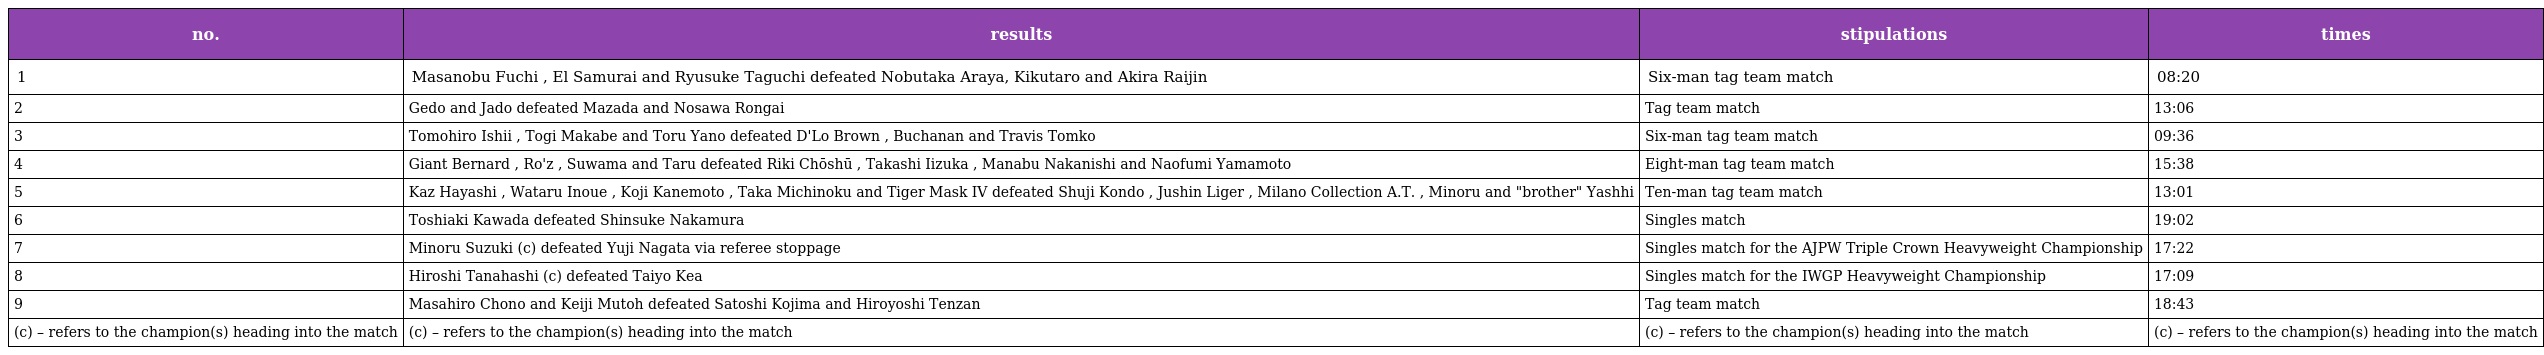
| no. | results | stipulations | times |
 | --- | --- | --- | --- |
 | 1 | Masanobu Fuchi , El Samurai and Ryusuke Taguchi defeated Nobutaka Araya, Kikutaro and Akira Raijin | Six-man tag team match | 08:20 |
 | 2 | Gedo and Jado defeated Mazada and Nosawa Rongai | Tag team match | 13:06 |
 | 3 | Tomohiro Ishii , Togi Makabe and Toru Yano defeated D'Lo Brown , Buchanan and Travis Tomko | Six-man tag team match | 09:36 |
 | 4 | Giant Bernard , Ro'z , Suwama and Taru defeated Riki Chōshū , Takashi Iizuka , Manabu Nakanishi and Naofumi Yamamoto | Eight-man tag team match | 15:38 |
 | 5 | Kaz Hayashi , Wataru Inoue , Koji Kanemoto , Taka Michinoku and Tiger Mask IV defeated Shuji Kondo , Jushin Liger , Milano Collection A.T. , Minoru and "brother" Yashhi | Ten-man tag team match | 13:01 |
 | 6 | Toshiaki Kawada defeated Shinsuke Nakamura | Singles match | 19:02 |
 | 7 | Minoru Suzuki (c) defeated Yuji Nagata via referee stoppage | Singles match for the AJPW Triple Crown Heavyweight Championship | 17:22 |
 | 8 | Hiroshi Tanahashi (c) defeated Taiyo Kea | Singles match for the IWGP Heavyweight Championship | 17:09 |
 | 9 | Masahiro Chono and Keiji Mutoh defeated Satoshi Kojima and Hiroyoshi Tenzan | Tag team match | 18:43 |
 | (c) – refers to the champion(s) heading into the match | (c) – refers to the champion(s) heading into the match | (c) – refers to the champion(s) heading into the match | (c) – refers to the champion(s) heading into the match |